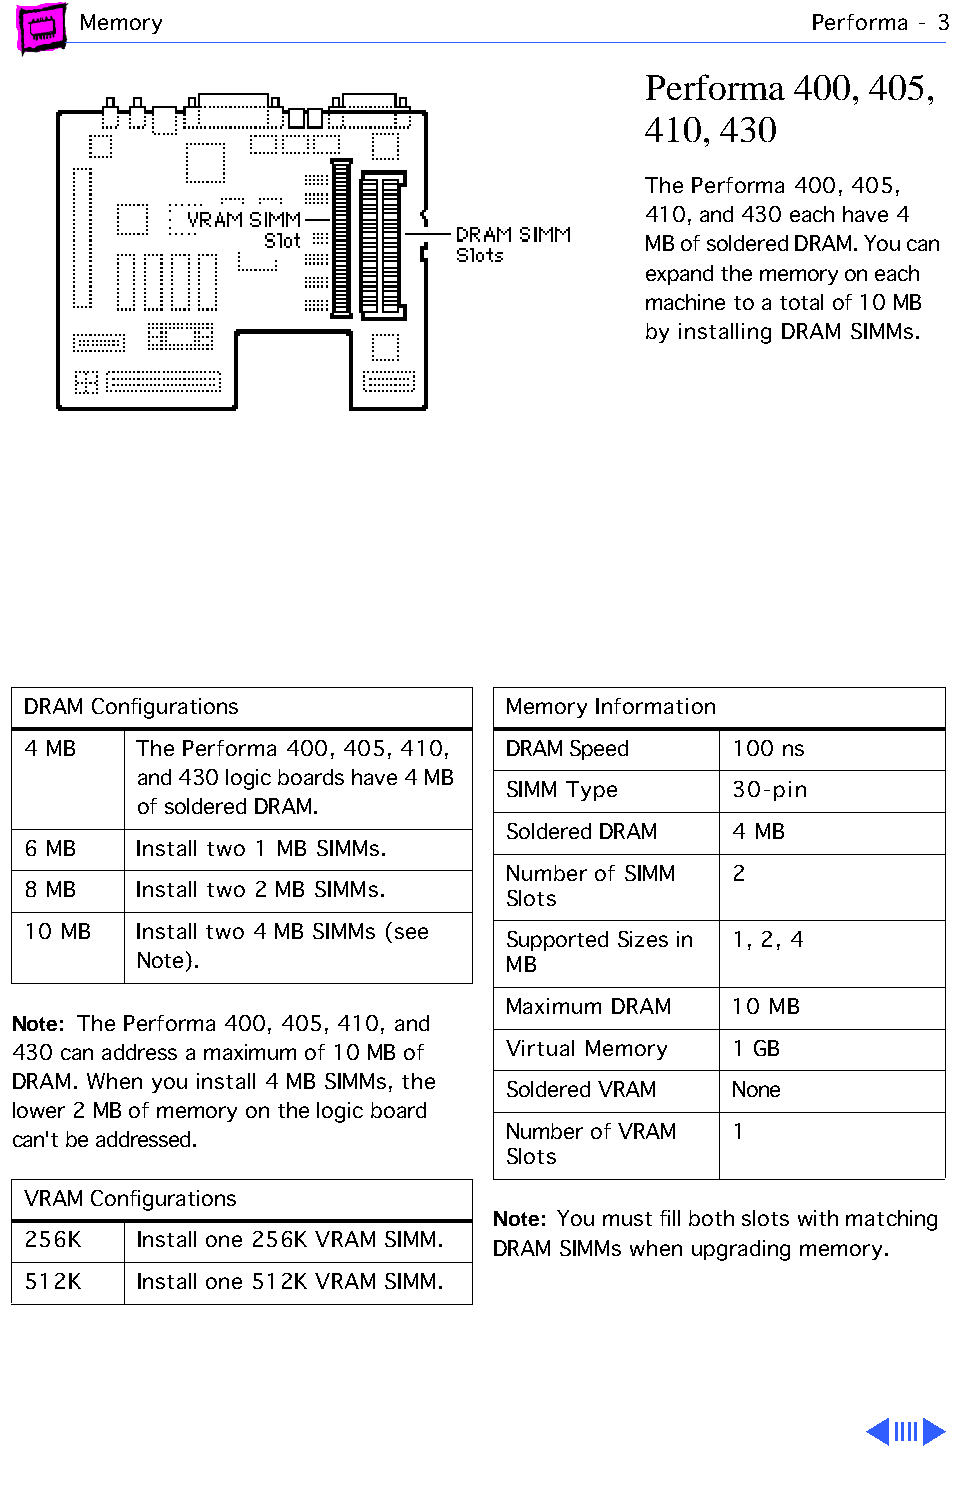
Memory                                          Performa - 3
 Performa  400, 405,
 410, 430
 The Performa 400, 405,
 410, and 430 each have 4
 MB of soldered DRAM. You can
 expand the memory on each
 machine to a total of 10 MB
 by installing DRAM SIMMs.
 DRAM Configurations             Memory Information
 4 MB    The Performa 400, 405, 410, DRAM Speed 100 ns
 and 430 logic boards have 4 MB
 SIMM Type      30-pin
 of soldered DRAM.
 Soldered DRAM  4 MB
 6 MB    Install two 1 MB SIMMs.
 Number of SIMM 2
 8 MB    Install two 2 MB SIMMs.
 Slots
 10 MB   Install two 4 MB SIMMs (see
 Supported Sizes in 1, 2, 4
 Note).                  MB
 Maximum DRAM   10 MB
 Note: The Performa 400, 405, 410, and
 430 can address a maximum of 10 MB of Virtual Memory 1 GB
 DRAM. When you install 4 MB SIMMs, the
 Soldered VRAM  None
 lower 2 MB of memory on the logic board
 Number of VRAM 1
 can't be addressed.
 Slots
 VRAM Configurations
 Note: You must fill both slots with matching
 256K    Install one 256K VRAM SIMM.
 DRAM SIMMs when upgrading memory.
 512K    Install one 512K VRAM SIMM.